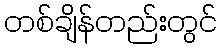
တစ်ချိန်တည်းတွင်